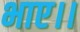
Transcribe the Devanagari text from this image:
भाए।।